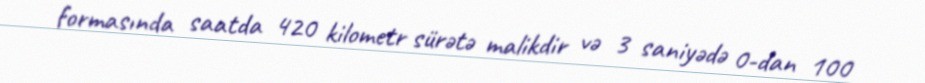
formasında saatda 420 kilometr sürətə malikdir və 3 saniyədə 0-dan 100